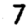
Digit: 7